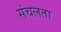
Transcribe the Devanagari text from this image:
संचलता